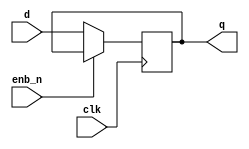
/*
 * $Id$
 */

/* d-type flipflop with enable on clock */

//`define REG_DELAY 1
`define REG_DELAY 0

module ff_enb (q, d, enb_n, clk);
  input d, enb_n, clk;
  output q;
  reg q;

  initial q = 0;

  always @(posedge clk)
    if (!enb_n)
      q <= #(`REG_DELAY) d;

endmodule